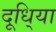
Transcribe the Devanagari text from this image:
दूधि्या